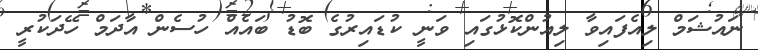
ނައުޝަމް ލިއެފައިވާ ލިއުންކޮޅުގައި ވަނީ ކުޑައިރުގެ ބޮޑު ބައެއް ހުސެން އާދަމް ހޭދަކުރީ